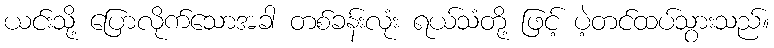
ယင်းသို့ ပြောလိုက်သောအခါ တစ်ခန်းလုံး ရယ်သံတို့ ဖြင့် ပဲ့တင်ထပ်သွားသည်။